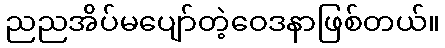
ညညအိပ်မပျော်တဲ့ဝေဒနာဖြစ်တယ်။